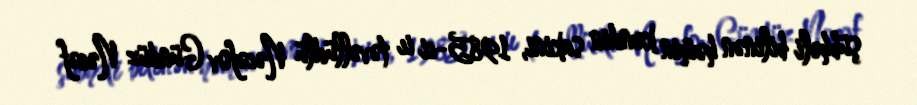
şübhəli bilinən həmin kəndin sakini, 1985-ci iı təvəllüdlü Nəcəfov Gündüz Nəcəf